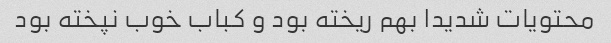
محتویات شدیدا بهم ریخته بود و کباب خوب نپخته بود